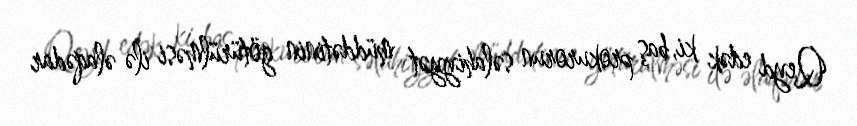
Qeyd edək ki, baş prokurorun səlahiyyət müddətinin götürülməsi ilə əlaqədar